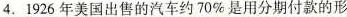
4.1926年美国出售的汽车约70%是用分期付款的形